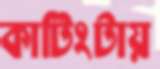
কাটিংটায়